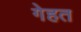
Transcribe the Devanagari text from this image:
गेहत